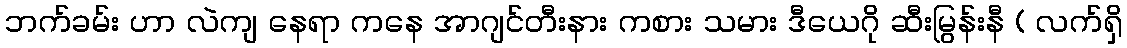
ဘက်ခမ်း ဟာ လဲကျ နေရာ ကနေ အာဂျင်တီးနား ကစား သမား ဒီယေဂို ဆီးမြွန်းနီ ( လက်ရှိ